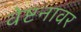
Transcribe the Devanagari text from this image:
वेष्टनावर